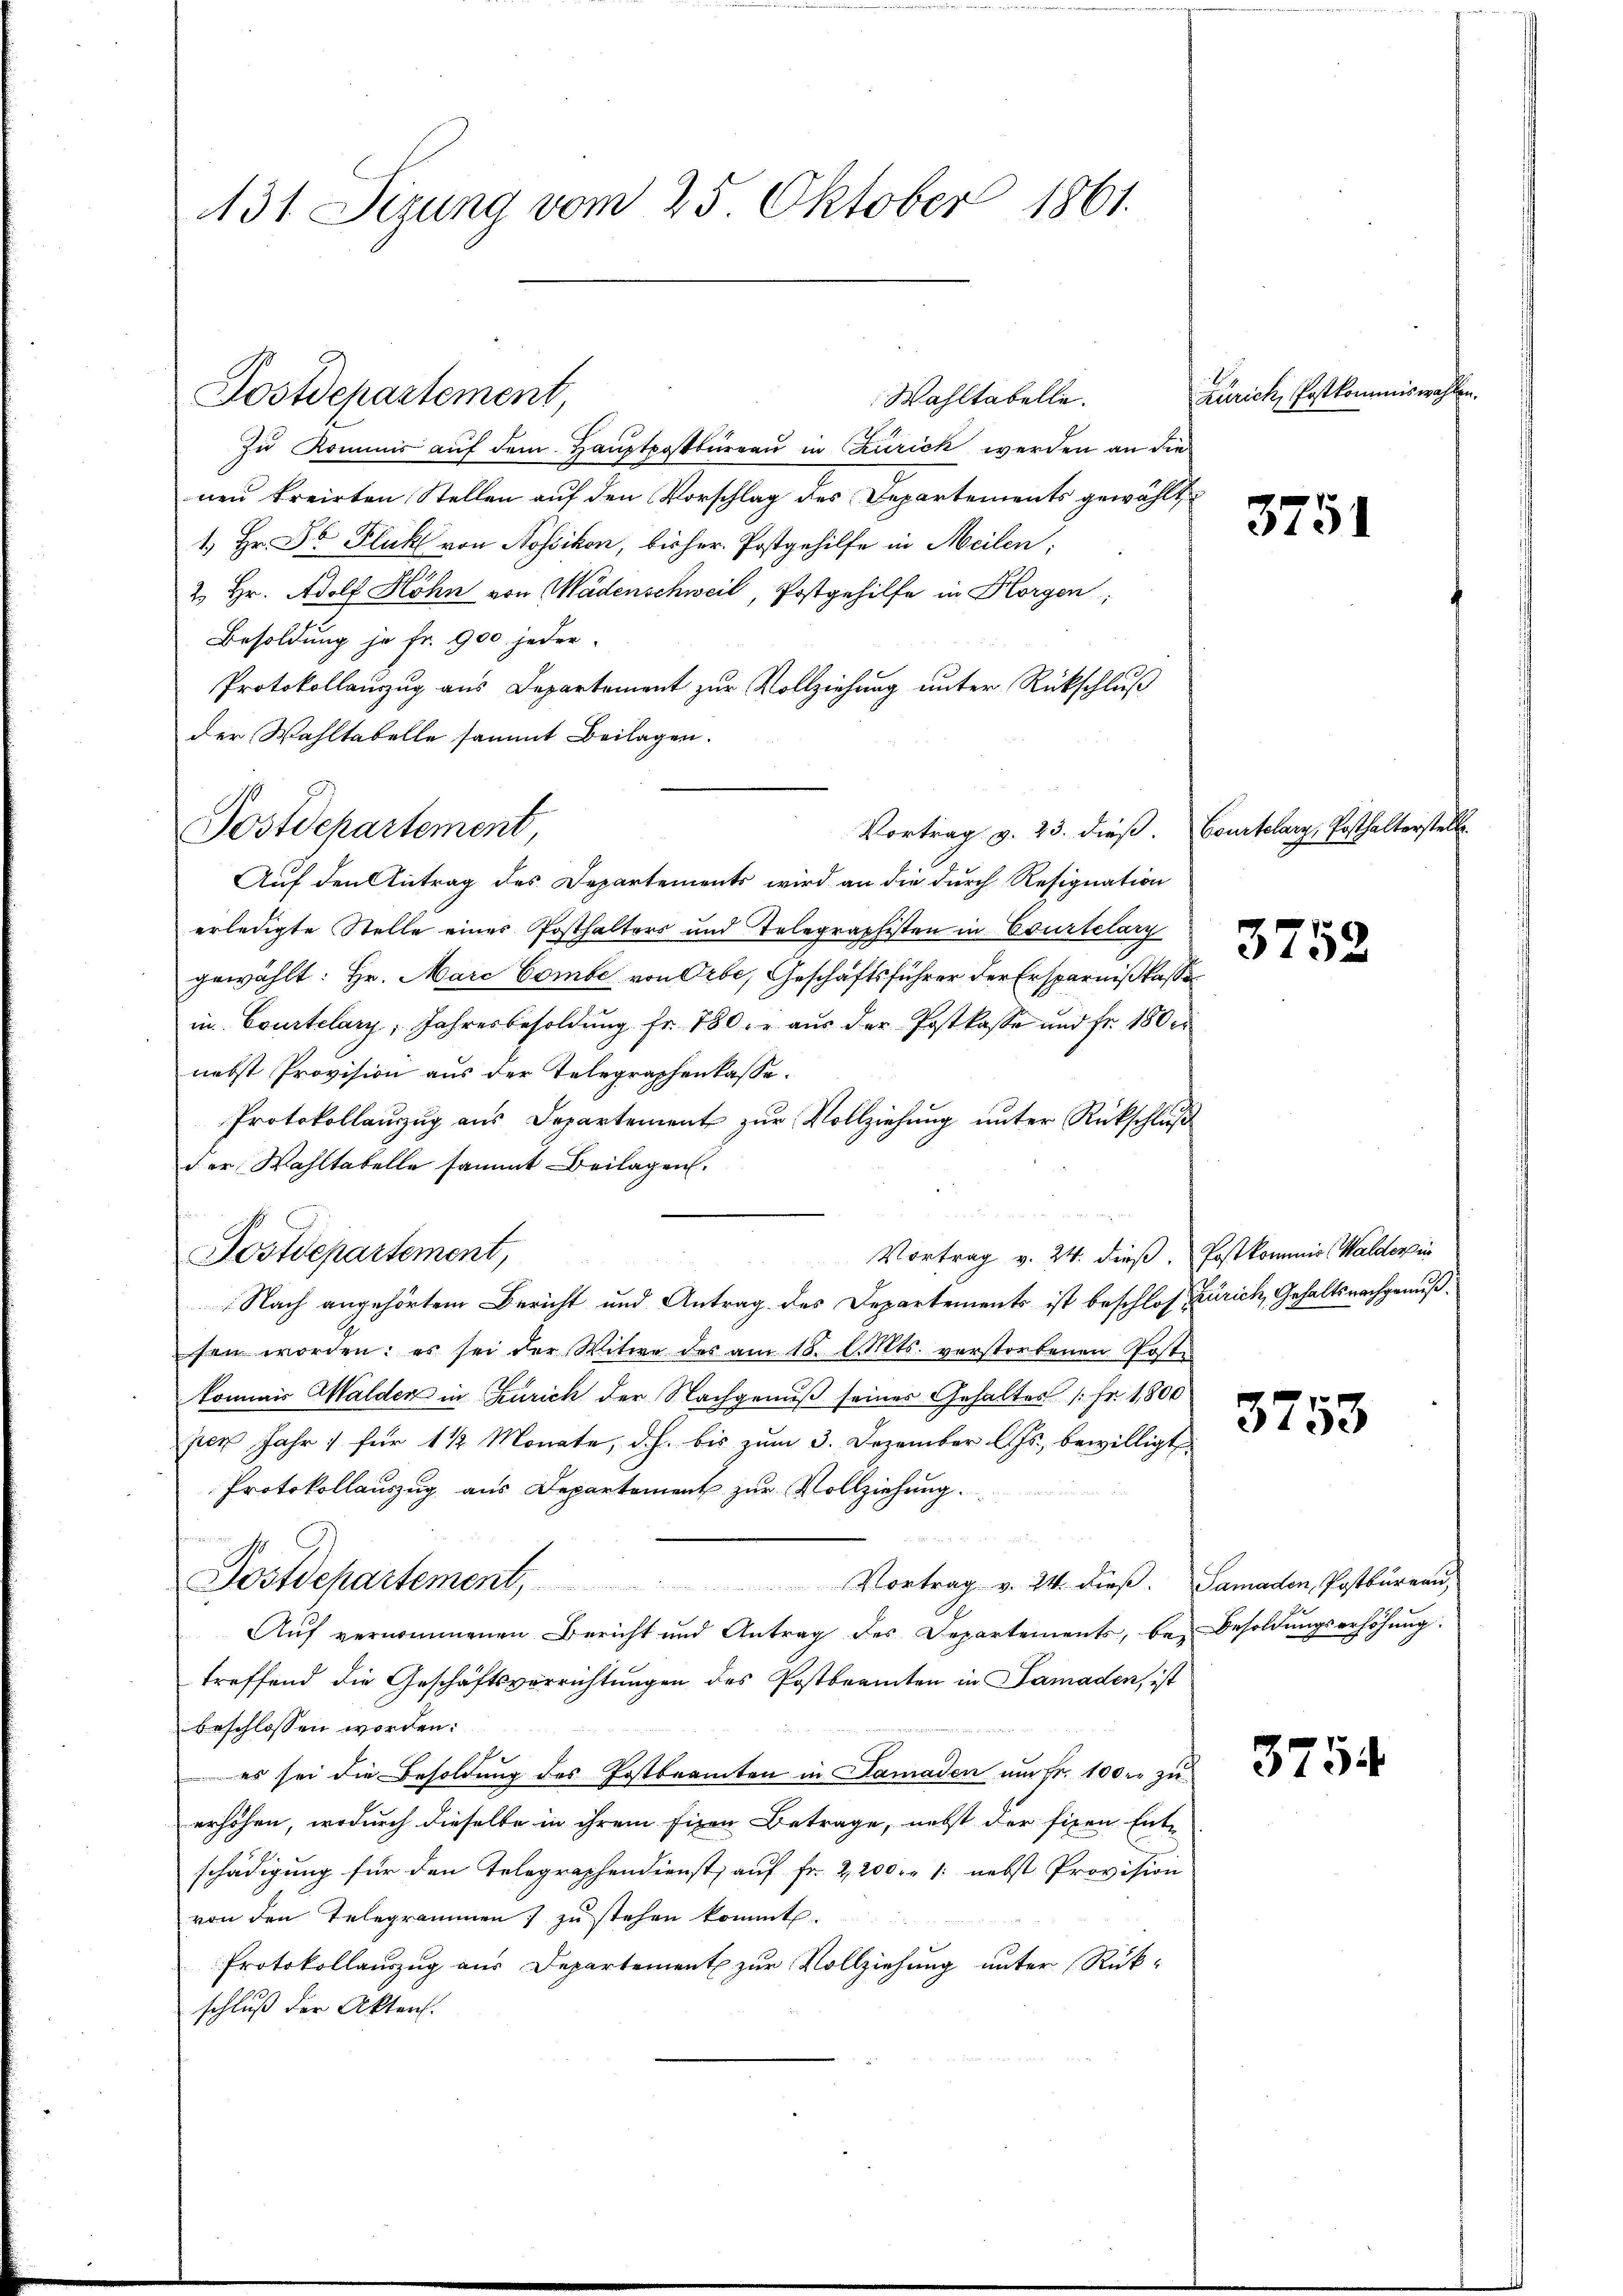
431 Sizung vom 25. Oktober 1861.

Wahltabelle.
Zu Kommis auf dem Hauptpostbüreau in Zürich werden an die
neu kreisten Stellen auf den Vorschlag des Departements gewählt
1.) Hr. Dr Pluk von Nossikon, bisher. Postgehilfe in Meilen,
2 Hr. Adolf Höhn von Wädenschweil, Postgehilfe in Horgen,
Besoldung je fr. 900 jeden.
Protokollauszug aus Departement zur Vollziehung unter Rückschluß
der Wahltabelle sammt Beilagen.
Vortrag v. 23. dieß. Courtelary, Posthalterstell
Auf den Antrag des Departements wird an die durch Resignation
erledigte Stelle eines Posthalters und Telegraphisten in Edurtelary
gewählt: Hr. Marc Combe von Orbe, Geschäftsführer der Ersparnißkasse
in Courtelary, Jahresbesoldŭng fr. 780. aŭs der Postkasse und fr. 180 er
nebst Provision aus der Telegraphenlasse.
Protokollauszug aus Departement zur Vollziehung unter Rückschluß
der Wahltatelle sammt Beilagen.
Vortrag v. 24. dieß. Postkommis Walderin
Postdepartement,
Nach angehörtem Bericht und Antrag des Departements ist beschloß Zürich, Gehaltsnachgenußsen worden: es sei der Witwe des am 18. d. Mts. verstorbenen Poste
konmais Walder in Zürich der Nachgenuß seines Gehaltes (Fr. 1800
per Jahr 1 für 1 1/2 Monate, d.h. bis zum 3. Dezember l. Js., bewilligt
Protokollauszug aus Departement zur Vollziehung
Postdepartement, Vortrag v. 24. dieβ. Samaden, Postbüreaŭ,
Aŭf vernommenen Bericht und Antrag des Departements, be- Besoldŭngserhöhŭng
treffend die Geschäftsverrichtungen des Postbeamten in Samaden, ist
beschlossen worden:
es sei die Besoldung des Postbeamten in Samaden um Fr. 100 r. zu
erhöhen, wodurch dieselbe in ihrem fixen Betrage, nebst der fixen Ent-
schädigung für den Telegraphendienst, auf Fr. 2200. 1. nebst Provision
von den Telegrammen zŭ stehen kommt.
Protokollauszug aus Departement zur Vollziehung unter Rükschluß der Akten.

Postdepartement,

Postdepartement

Zürich, Postkommiswahlen.

3751

3752

3758

3754